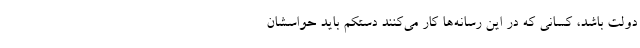
دولت باشد، کسانی که در این رسانه‌ها کار می‌کنند دستکم باید حواسشان